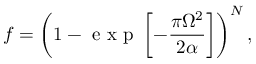
f = \left( 1 - \mathrm { ~ e ~ x ~ p ~ } \left[ - \frac { \pi \Omega ^ { 2 } } { 2 \alpha } \right] \right) ^ { N } ,